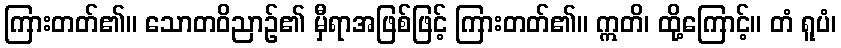
ကြားတတ်၏။ သောတဝိညာဉ်၏ မှီရာအဖြစ်ဖြင့် ကြားတတ်၏။ ဣတိ၊ ထို့ကြောင့်။ တံ ရူပံ၊